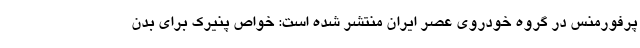
پرفورمنس در گروه خودروی عصر ایران منتشر شده است: خواص پنیرک برای بدن